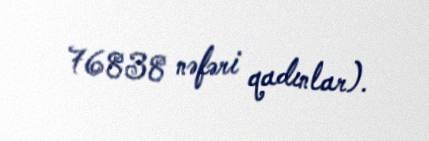
76838 nəfəri qadınlar).